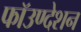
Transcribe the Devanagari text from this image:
फॉउण्देशन